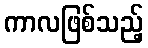
ကာလဖြစ်သည့်